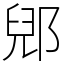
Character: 郳